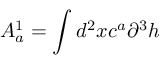
{ \cal { A } } _ { a } ^ { 1 } = \int d ^ { 2 } x c ^ { a } \partial ^ { 3 } h